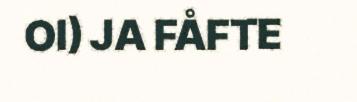
OI) JA FÅFTE